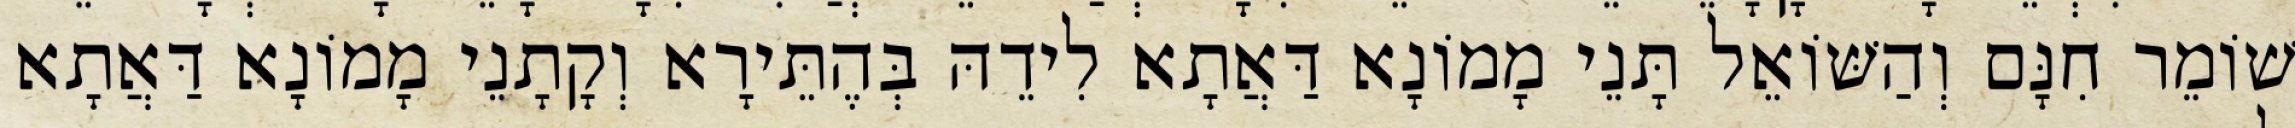
שׁוֹמֵר חִנָּם וְהַשּׁוֹאֵל תָּנֵי מָמוֹנָא דַּאֲתָא לִידֵהּ בְּהֶתֵּירָא וְקָתָנֵי מָמוֹנָא דַּאֲתָא